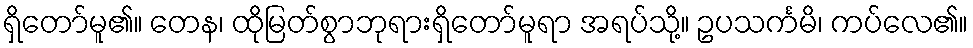
ရှိတော်မူ၏။ တေန၊ ထိုမြတ်စွာဘုရားရှိတော်မူရာ အရပ်သို့။ ဥပသင်္ကမိ၊ ကပ်လေ၏။